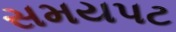
સમયપટ